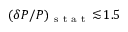
( \delta P / P ) _ { \mathrm { ~ s ~ t ~ a ~ t ~ } } \! \lesssim \! 1 . 5 \